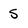
Character: 5